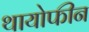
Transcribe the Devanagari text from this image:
थायोफीन